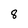
Character: 8